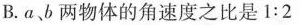
B. a、b 两物体的角速度之比是$$1 : 2$$